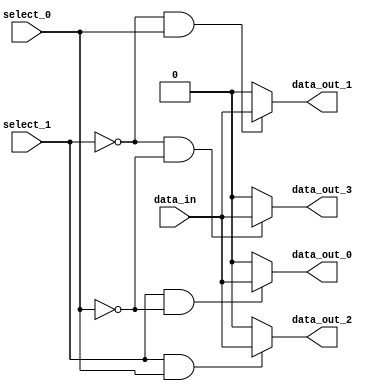
module demux(
    input wire data_in,
    input wire select_1, select_0,
    output wire data_out_0,
    output wire data_out_1,
    output wire data_out_2,
    output wire data_out_3
);

assign data_out_0 = (select_1 & ~select_0) ? data_in : 1'b0;
assign data_out_1 = (~select_1 & select_0) ? data_in : 1'b0;
assign data_out_2 = (select_1 & select_0) ? data_in : 1'b0;
assign data_out_3 = (~select_1 & ~select_0) ? data_in : 1'b0;

endmodule